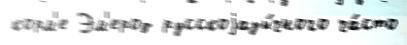
корм'е Эм'ерод русскоjазы́чного ча́сто